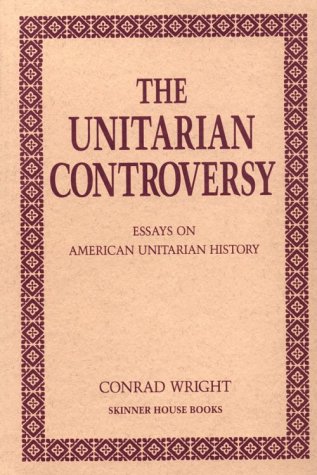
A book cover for The Unitarian Controversy: Essays on American Unitarian History; Conrad Wright; Religion & Spirituality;